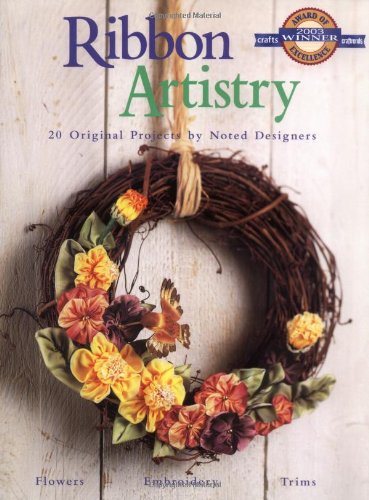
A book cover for Ribbon Artistry; Editors of Creative Publishing; Crafts, Hobbies & Home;